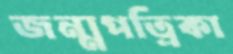
জন্মপত্রিকা